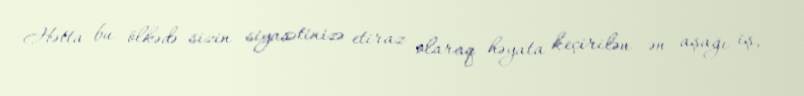
Hətta bu ölkədə sizin siyasətinizə etiraz olaraq həyata keçirilən ən aşağı iş,